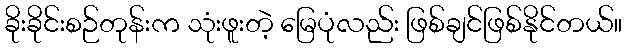
ခိုးခိုင်းစဉ်တုန်းက သုံးဖူးတဲ့ မြေပုံလည်း ဖြစ်ချင်ဖြစ်နိုင်တယ်။